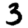
Digit: 3